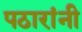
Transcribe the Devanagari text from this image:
पठारांनी